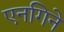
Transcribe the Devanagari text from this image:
एनगिने